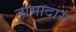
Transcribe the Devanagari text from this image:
लामादास